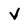
Character: V